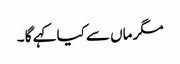
مگر ماں سے کیا کہے گا ۔